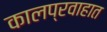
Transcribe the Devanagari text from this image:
कालप्रवाहात